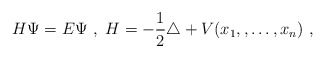
\begin{align*}H \Psi = E \Psi\ ,\ H=-\frac{1}{2}\triangle+V(x_1,,\ldots, x_n)\ ,\end{align*}